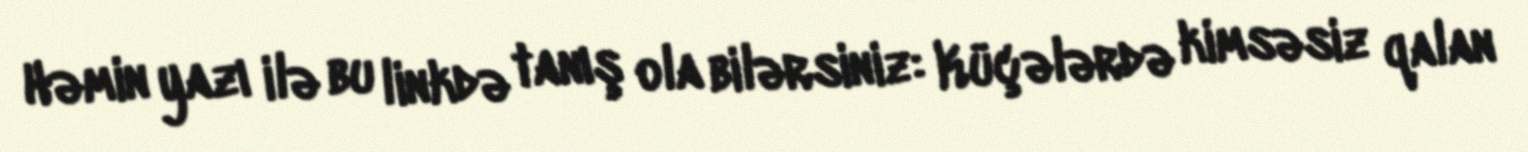
Həmin yazı ilə bu linkdə tanış ola bilərsiniz: Küçələrdə kimsəsiz qalan